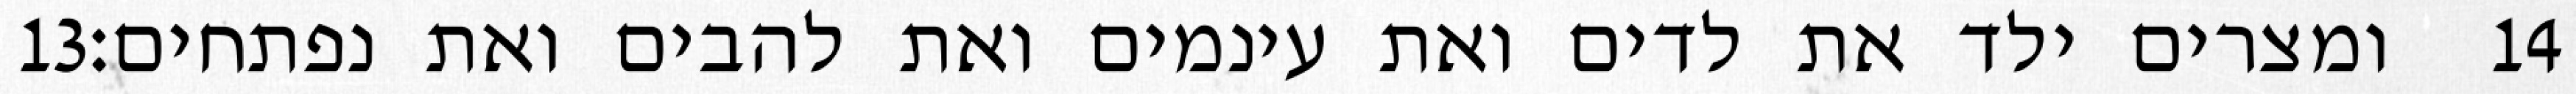
‎13‏ ומצרים ילד את לדים ואת עינמים ואת להבים ואת נפתחים׃ ‎14‏